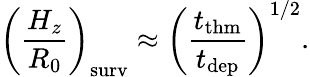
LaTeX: \left(\frac{H_{z}}{R_{0}}\right)_{\mathrm{surv}}\approx\left(\frac{t_{\mathrm{thm}}}{t_{\mathrm{dep}}}\right)^{1/2}.